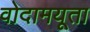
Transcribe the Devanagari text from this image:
वोदामयूता